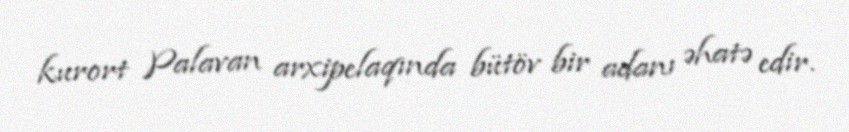
kurort Palavan arxipelaqında bütöv bir adanı əhatə edir.